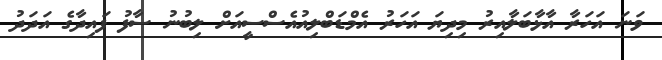
ވަނަ އަހަރާ އާޅާބަލާއިރު މިދިޔަ އަހަރު އެމްޑަބްލިއުއެސްސީއަށް ލިބުނު ސާފު ފައިދާގެ އަދަދު